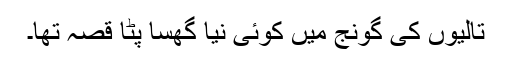
تالیوں کی گونج میں کوئی نیا گھسا پٹا قصہ تھا۔